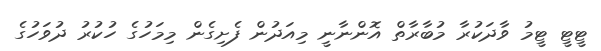
ޓީޓީ ޓީމު ވާދަކުރާ މުބާރާތް އޮންނާނީ މިއަދުން ފެށިގެން މިމަހުގެ ހުކުރު ދުވަހުގެ